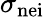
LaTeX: \sigma_{\mathrm{n{ei}}}